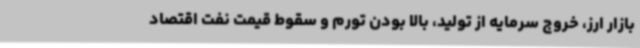
بازار ارز، خروج سرمایه از تولید، بالا بودن تورم و سقوط قیمت نفت اقتصاد